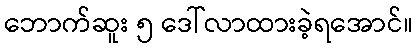
ဘောက်ဆူး ၅ ဒေါ်လာထားခဲ့ရအောင်။